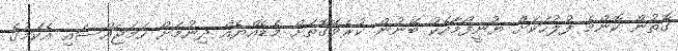
ގޮތުން ކޮންމެ ފުލުހަކަށް ޔުނީފޯމާއެކު ބޭނުން ކުރެވޭގޮތަށް މެޑެއްޔެއް ދިނުމަށް ހަމަޖައްސައި އެކަމުގެ